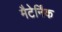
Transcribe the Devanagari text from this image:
मैटेर्निंक